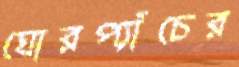
ঘোরপ্যাঁচের